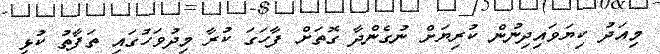
މިއަދު ކިޔަވައިދިނުން ކުރިޔަށް ނުގެންދާ ގޮތަށް ފާހަގަ ކުރާ މިދުވަހުގައި ތަފާތު ކުޅި